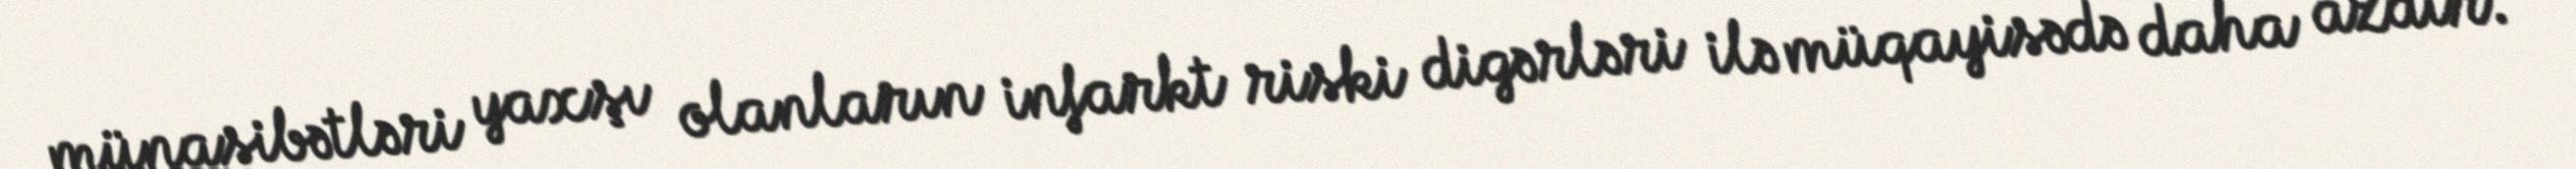
münasibətləri yaxşı olanların infarkt riski digərləri ilə müqayisədə daha azdır.